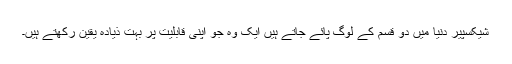
شیکسپیر دنیا میں دو قسم کے لوگ پائے جاتے ہیں ایک وہ جو اپنی قابلیت پر بہت ذیادہ یقین رکھتے ہیں۔